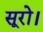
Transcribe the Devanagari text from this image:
सूरो।